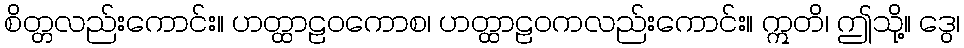
စိတ္တလည်းကောင်း။ ဟတ္ထာဠဝကောစ၊ ဟတ္ထာဠဝကလည်းကောင်း။ ဣတိ၊ ဤသို့။ ဒွေ၊